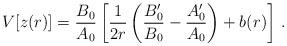
LaTeX: \begin{align*}V[z(r)] = {B_0\over A_0}\left[ {1\over 2r}\left({B_0'\over B_0}-{A'_0\over A_0}\right) +b(r)\right]\,.\end{align*}